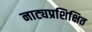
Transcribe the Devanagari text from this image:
नाट्यप्रशिक्षित